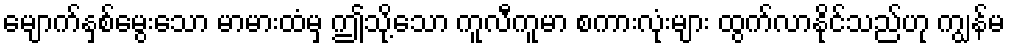
မျောက်နှစ်မွေးသော မာမားထံမှ ဤသို့သော ကူလီကူမာ စကားလုံးများ ထွက်လာနိုင်သည်ဟု ကျွန်မ